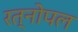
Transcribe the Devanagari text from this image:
रत्नोपल